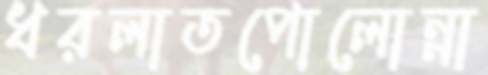
ধরলাতপোলোন্না